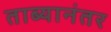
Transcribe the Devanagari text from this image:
ताब्यानंतर